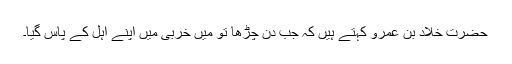
حضرت خَلَّادْ بن عمرو کہتے ہیں کہ جب دن چڑھا تو میں خُرْبیٰ میں اپنے اہل کے پاس گیا۔